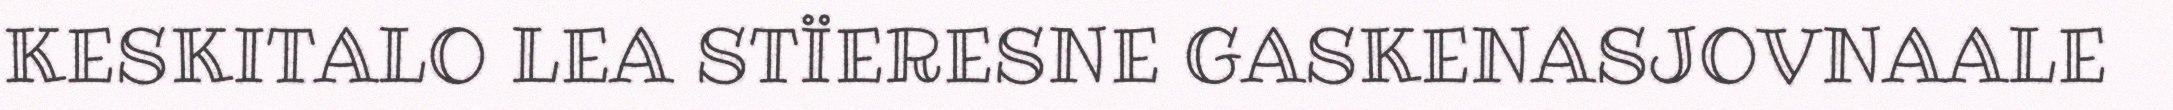
KESKITALO LEA STÏERESNE GASKENASJOVNAALE